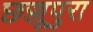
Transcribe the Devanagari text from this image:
छज्जूपुरा